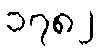
၁၇၈၂